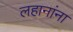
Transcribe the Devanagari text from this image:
लहानांना